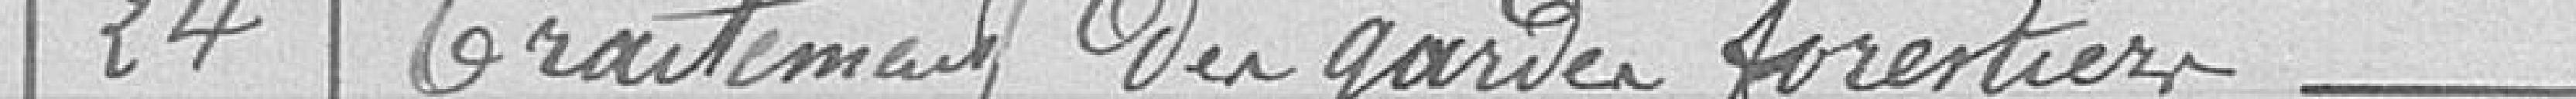
24 Traitement des gardes forestiers